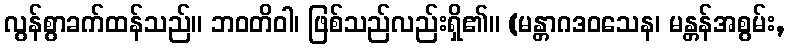
လွန်စွာခက်ထန်သည်။ ဘဝတိဝါ၊ ဖြစ်သည်လည်းရှိ၏။ (မန္တာဂဒဝသေန၊ မန္တန်အစွမ်း,